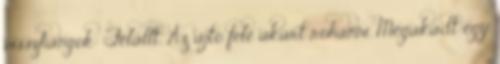
visszhangok: Felállt. Az ajtó felé akart rohanni. Megakadt egy